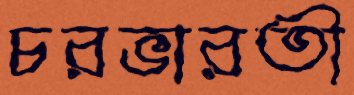
চরভারতী